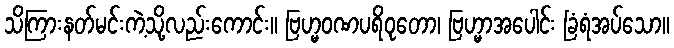
သိကြားနတ်မင်းကဲ့သို့လည်းကောင်း။ ဗြဟ္မဝဏပရိဝုတော၊ ဗြဟ္မာအပေါင်း ခြံရံအပ်သော။